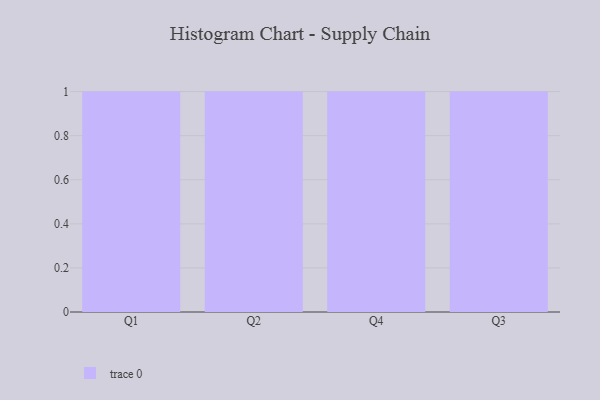
{"axis": {"x": "Quarter", "y": "Website Visitors"}, "legend": [""], "data": [{"x": "Q1", "y": 81, "type": ""}, {"x": "Q2", "y": 1, "type": ""}, {"x": "Q4", "y": 19, "type": ""}, {"x": "Q3", "y": 58, "type": ""}]}